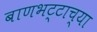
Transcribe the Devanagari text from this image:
बाणभट्टाच्या